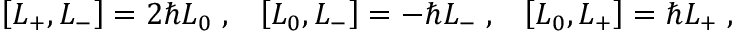
\left[ L _ { + } , L _ { - } \right] = 2 \hbar L _ { 0 } \; , \; \; \; \left[ L _ { 0 } , L _ { - } \right] = - \hbar L _ { - } \; , \; \; \; \left[ L _ { 0 } , L _ { + } \right] = \hbar L _ { + } \; ,